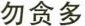
勿贪多